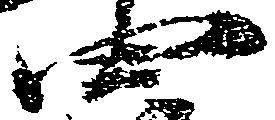
四